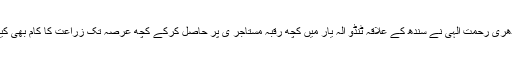
چودھری رحمت الٰہی نے سندھ کے علاقہ ٹنڈو الہ یار میں کچھ رقبہ مستاجر ی پر حاصل کرکے کچھ عرصہ تک زراعت کا کام بھی کیاتھا۔